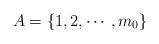
LaTeX: \begin{align*} A=\{1,2,\cdots,m_{0}\} \end{align*}